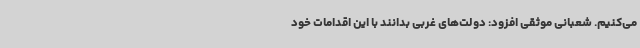
می‌کنیم. شعبانی موثقی افزود: دولت‌های غربی بدانند با این اقدامات خود